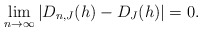
\begin{align*}\lim_{n \rightarrow \infty} |D_{n,J}(h)-D_J(h)|=0. \end{align*}